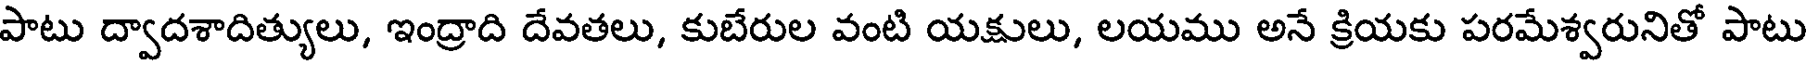
పాటు ద్వాదశాదిత్యులు, ఇంద్రాది దేవతలు, కుబేరుల వంటి యక్షులు, లయము అనే క్రియకు పరమేశ్వరునితో పాటు